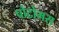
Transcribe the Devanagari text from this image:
पोटोमस